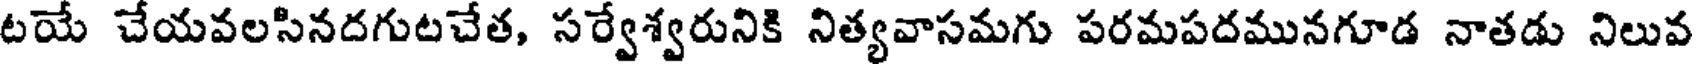
టయే చేయవలసినదగుటచేత, సర్వేశ్వరునికి నిత్యవాసమగు పరమపదమునగూడ నాతడు నిలువ